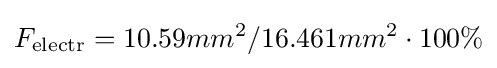
F_{\text{electr}}=10.59mm^{2}/16.461mm^{2}\cdot 100\%